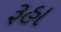
રૂહા